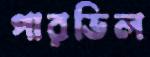
পারভিল